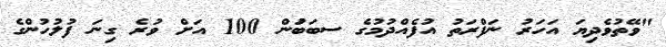
"ވޭތުވެދިޔަ އަހަރު ނަފްރަތު އުފެއްދުމުގެ ސބަބަުން 100 އަށް ވުރެ ގިނަ ފުލުހުންގެ